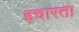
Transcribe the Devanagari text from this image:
इचारता